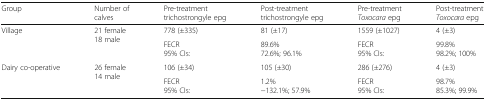
<table><thead><tr><td><b>Group</b></td><td><b>Number of calves</b></td><td><b>Pre-treatment trichostrongyle epg</b></td><td><b>Post-treatment trichostrongyle epg</b></td><td><b>Pre-treatment <i>Toxocara</i> epg</b></td><td><b>Post-treatment <i>Toxocara</i> epg</b></td></tr></thead><tbody><tr><td rowspan="2">Village</td><td rowspan="2">21 female18 male</td><td>778 (±335)</td><td>81 (±17)</td><td>1559 (±1027)</td><td>4 (±3)</td></tr><tr><td>FECR95% CIs:</td><td>89.6%72.6%; 96.1%</td><td>FECR95% CIs:</td><td>99.8%98.2%; 100%</td></tr><tr><td rowspan="2">Dairy co-operative</td><td rowspan="2">26 female14 male</td><td>106 (±34)</td><td>105 (±30)</td><td>286 (±276)</td><td>4 (±3)</td></tr><tr><td>FECR95% CIs:</td><td>1.2%−132.1%; 57.9%</td><td>FECR95% CIs:</td><td>98.7%85.3%; 99.9%</td></tr></tbody></table>